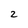
Character: 2